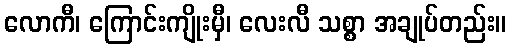
လောကီ၊ ကြောင်းကျိုးမှီ၊ လေးလီ သစ္စာ အချုပ်တည်း။